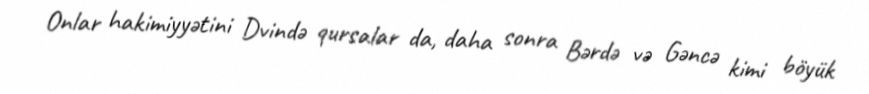
Onlar hakimiyyətini Dvində qursalar da, daha sonra Bərdə və Gəncə kimi böyük